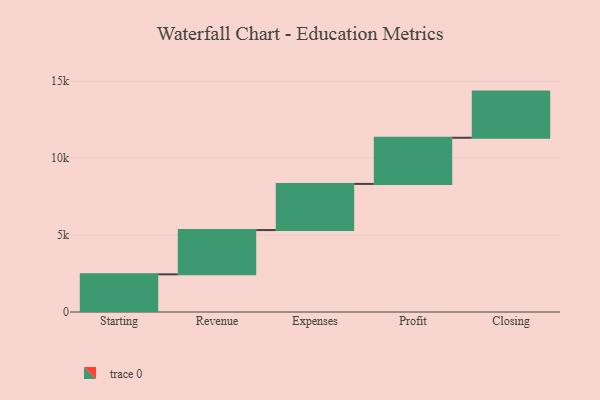
{"axis": {"x": "Step", "y": "Value"}, "legend": [""], "data": [{"x": "Starting", "y": 2448.0, "type": ""}, {"x": "Revenue", "y": 2878.0, "type": ""}, {"x": "Expenses", "y": 3000, "type": ""}, {"x": "Profit", "y": 3000, "type": ""}, {"x": "Closing", "y": 3000, "type": ""}]}